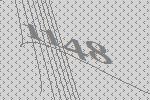
1148